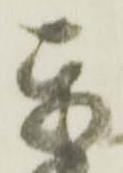
我